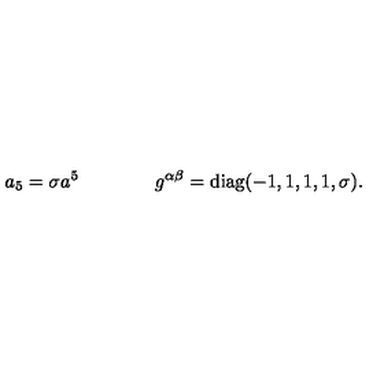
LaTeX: a _ { 5 } = \sigma a ^ { 5 } \qquad \qquad g ^ { \alpha \beta } = \mathrm { d i a g } ( - 1 , 1 , 1 , 1 , \sigma ) .